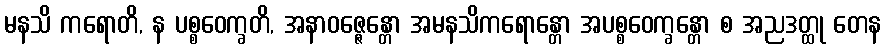
မနသိ ကရောတိ, န ပစ္စဝေက္ခတိ, အနာဝဇ္ဇေန္တော အမနသိကရောန္တော အပစ္စဝေက္ခန္တော စ အညဒတ္ထု တေန